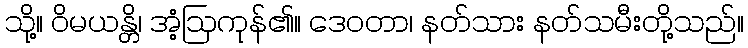
သို့။ ဝိမယန္တိ၊ အံ့ဩကုန်၏။ ဒေဝတာ၊ နတ်သား နတ်သမီးတို့သည်။